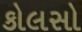
કોલસો